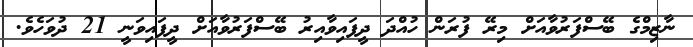
ނާޒިމްގެ ބޭސްފަރުވާއަށް މިރޭ ފުރަން ހުއްދަ ދީފައިވާއިރު ބޭސްފަރުވާއަށް ދީފައިވަނީ 21 ދުވަހެވެ.